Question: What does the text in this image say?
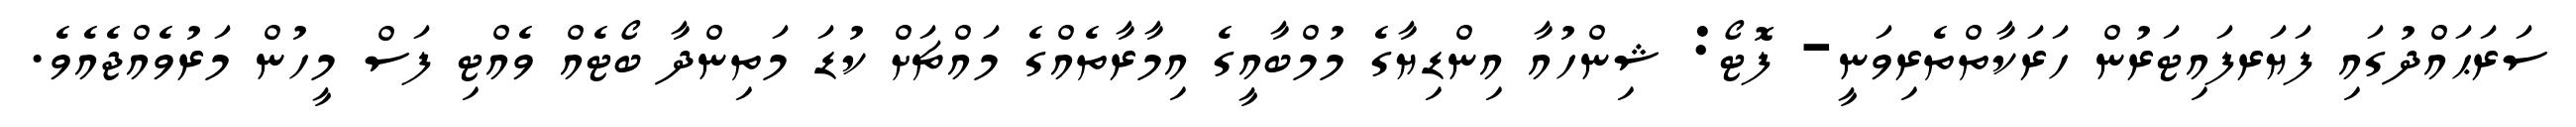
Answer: ސަރަޙައްދުގައި ފަޔަރފައިޓަރުން ހަރަކާތްތެރިވަނީ- ފޮޓޯ: ޝިންހުއާ އިންޑިޔާގެ މުމްބާއީގެ އިމާރާތެއްގެ މައްޗަށް ކުޑަ މަތިންދާ ބޯޓެއް ވެއްޓި ފަސް މީހުން މަރުވެއްޖެއެވެ.